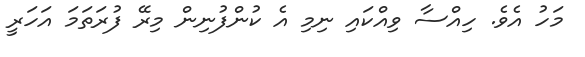
މަހު އެވެ. ހިއްސާ ވިއްކައި ނިމި އެ ކުންފުނިން މިރޭ ފުރަތަމަ އަހަރީ